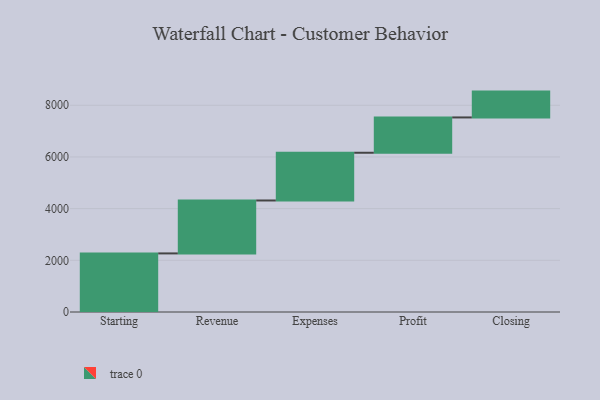
{"axis": {"x": "Step", "y": "Value"}, "legend": [""], "data": [{"x": "Starting", "y": 2267.0, "type": ""}, {"x": "Revenue", "y": 2048.0, "type": ""}, {"x": "Expenses", "y": 1847.0, "type": ""}, {"x": "Profit", "y": 1366.0, "type": ""}, {"x": "Closing", "y": 1000, "type": ""}]}